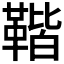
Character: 𩋧